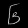
Digit: ၆